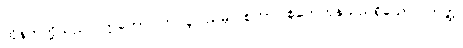
ထိုနတ်တို့သည်။ ဣတော၊ ဤလူပြည်မှ။ စုတာ၊ စုတေကုန်သည်ရှိသော်။ တတ္ထ၊